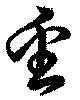
番